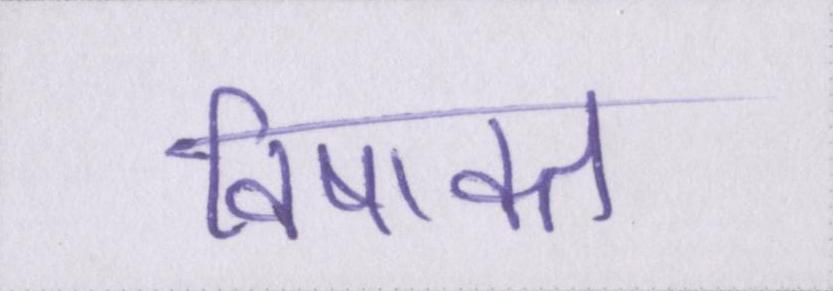
विषाक्त